King Institute of Preventive Medicine Micro-Biological Section reports 1912-19
Year: 1912
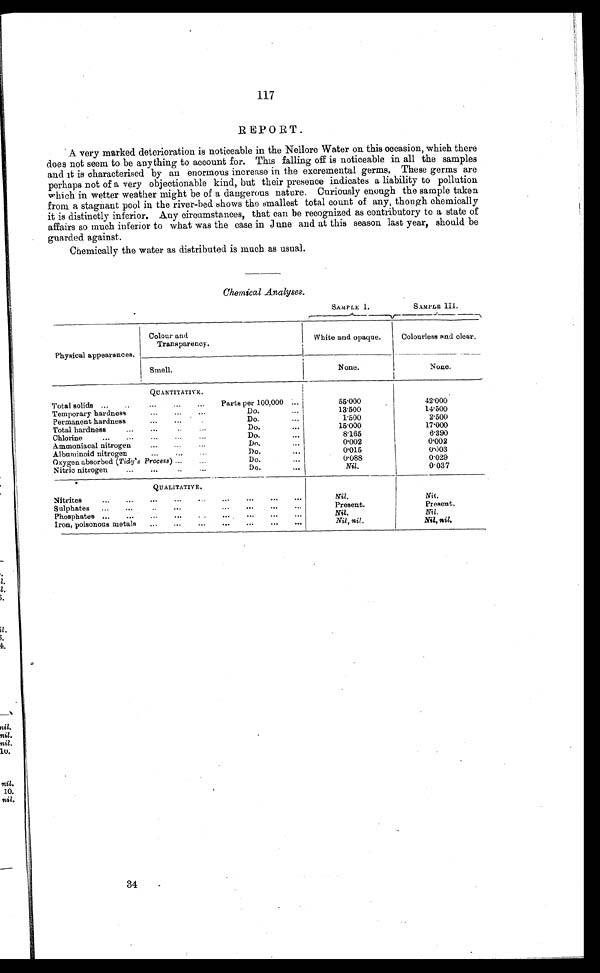
117
REPORT.
A very marked deterioration is noticeable in the Nellore Water on this occasion, which there
does not seem to be any thing to account for. This falling off is noticeable in all the samples
and it is characterised by an enormous increase in the excremental germs. These germs are
perhaps not of a very objectionable kind, but their presence indicates a liability to pollution
which in wetter weather might be of a dangerous nature. Curiously enough the sample taken
from a stagnant pool in the river-bed shows the smallest total count of any, though chemically
it is distinctly inferior. Any circumstances, that can be recognized as contributory to a state of
affairs so much inferior to what was the case in June and at this season last year, should be
guarded against.
Chemically the water as distributed is much as usual.
Chemical Analyses.
SAMPLE I.
SAMPLE III.
Physical appearances.
Colour and
Transparency.
White and opaque.
Colourless and clear.
Smell.
None.
N o n e .
QUANTITATIVE.
Total solids ...
..
...
...
...
Parts per 100,000 ...
55.000
42.000
Temporary hardness...
...
...
Do.
...
13.500
14.500
Permanent hardness
...
...
. . .
Do.
...
1.500
2.500
Total hardness
...
...
...
Do.
...
15.000
17.000
Chlorine
...
...
...
...
...
Do.
...
8.165
6.390
Ammoniacal nitrogen ... ... ...
Do.
...
0.002
0.002
Albuminoid nitrogen.
...
Do.
...
0.015
0.003
Oxygen absorbed (Tidy' s Process) ...
...
Do.
...
0.088
0.029
Nitric nitrogen
...
...
..
...
Do.
...
Nil.
0.037
QUALITATIVE.
Nitrites
...
...
...
...
...
...
...
...
Nil.
Nil .
Sulphates
...
...
...
...
...
...
Present.
Present.
Phosphates ...
...
...
...
...
...
...
...
...
Nil.
Nil.
Iron, poisonous metals
...
...
...
...
...
...
...
Nil, nil.
Nil, nil.
34